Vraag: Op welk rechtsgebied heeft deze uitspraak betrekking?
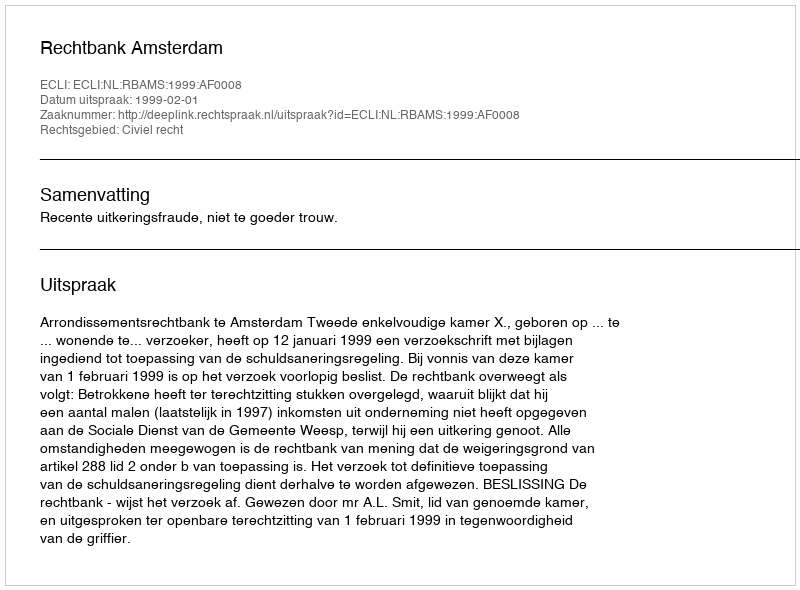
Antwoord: Civiel recht